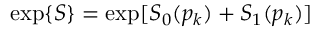
\exp \{ S \} = \exp [ S _ { 0 } ( p _ { k } ) + S _ { 1 } ( p _ { k } ) ]